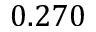
0 . 2 7 0